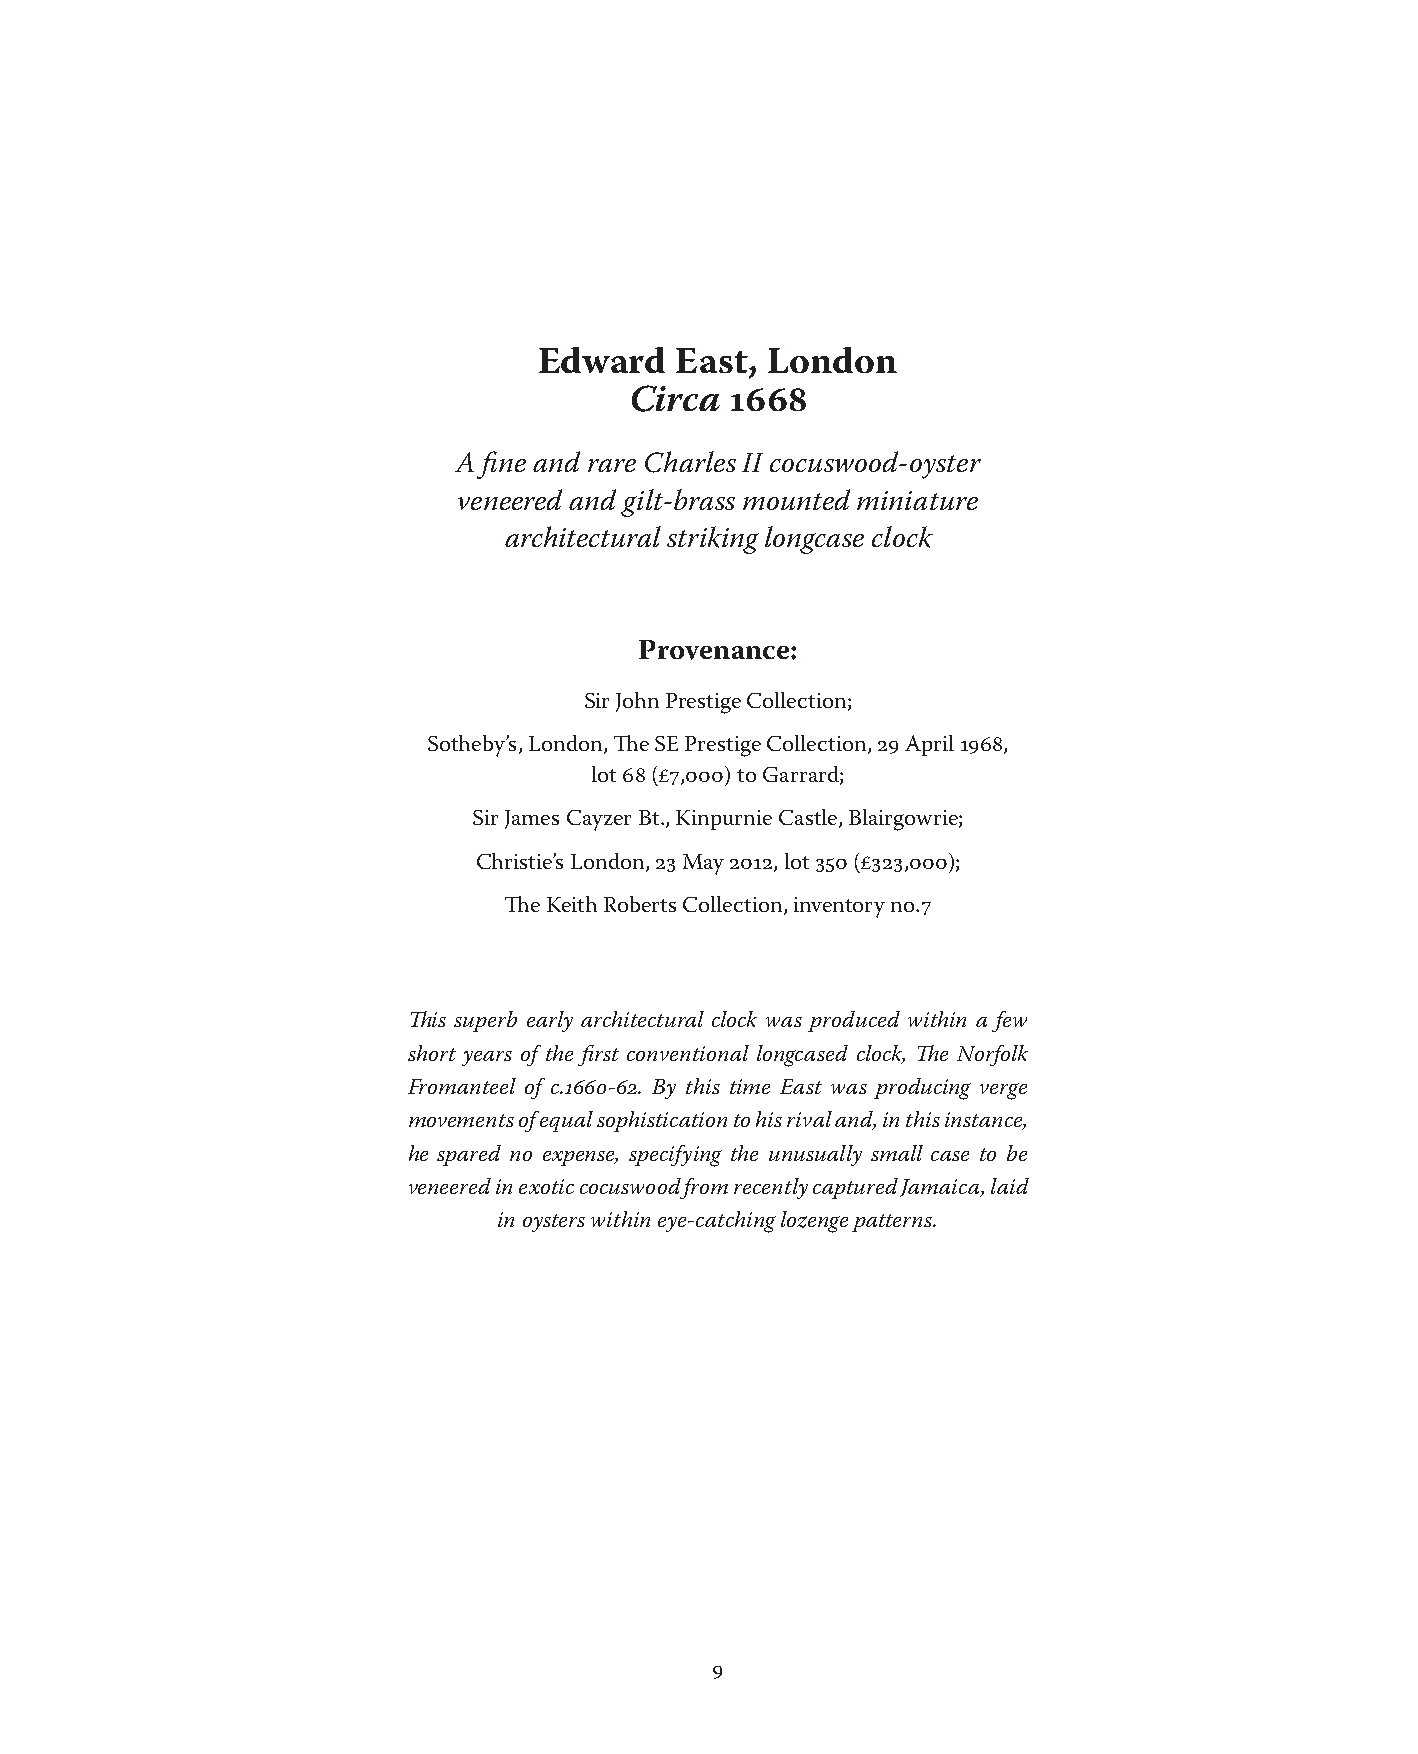
Edward   East, London
 Circa 1668
 A fine and rare Charles II cocuswood-oyster
 veneered and gilt-brass mounted miniature
 architectural striking longcase clock
 Provenance:
 Sir John Prestige Collection;
 Sotheby’s, London, The SE Prestige Collection, 29 April 1968,
 lot 68 (£7,000) to Garrard;
 Sir James Cayzer Bt., Kinpurnie Castle, Blairgowrie;
 Christie’s London, 23 May 2012, lot 350 (£323,000);
 The Keith Roberts Collection, inventory no.7
 This superb early architectural clock was produced within a few
 short years of the first conventional longcased clock, The Norfolk
 Fromanteel of c.1660-62. By this time East was producing verge
 movements of equal sophistication to his rival and, in this instance,
 he spared no expense, specifying the unusually small case to be
 veneered in exotic cocuswood from recently captured Jamaica, laid
 in oysters within eye-catching lozenge patterns.
 9